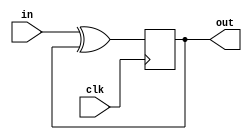
module top_module (
    input clk,
    input in, 
    output out);

	reg q;
    wire d;
    xor(d, in, q);
	always @ (posedge clk)begin
        q <= d;
    end
    assign out = q;

endmodule